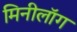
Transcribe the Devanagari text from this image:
मिनीलॉग